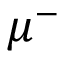
\mu ^ { - }